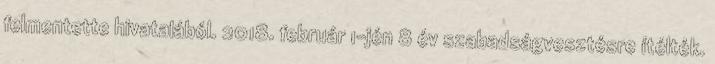
felmentette hivatalából. 2018. február 1-jén 8 év szabadságvesztésre ítélték.